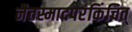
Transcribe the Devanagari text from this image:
नैतस्मादपरंकिंचित्